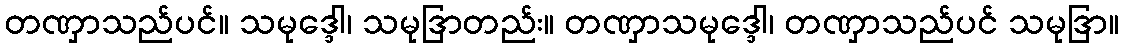
တဏှာသည်ပင်။ သမုဒ္ဒေါ၊ သမုဒြာတည်း။ တဏှာသမုဒ္ဒေါ၊ တဏှာသည်ပင် သမုဒြာ။